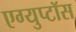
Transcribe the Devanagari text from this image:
एग्युप्टॉस